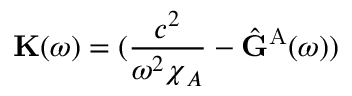
\mathbf { K } ( \omega ) = ( \frac { c ^ { 2 } } { \omega ^ { 2 } \boldsymbol { \chi } _ { A } } - \hat { \mathbf { G } } ^ { \mathrm { A } } ( \omega ) )